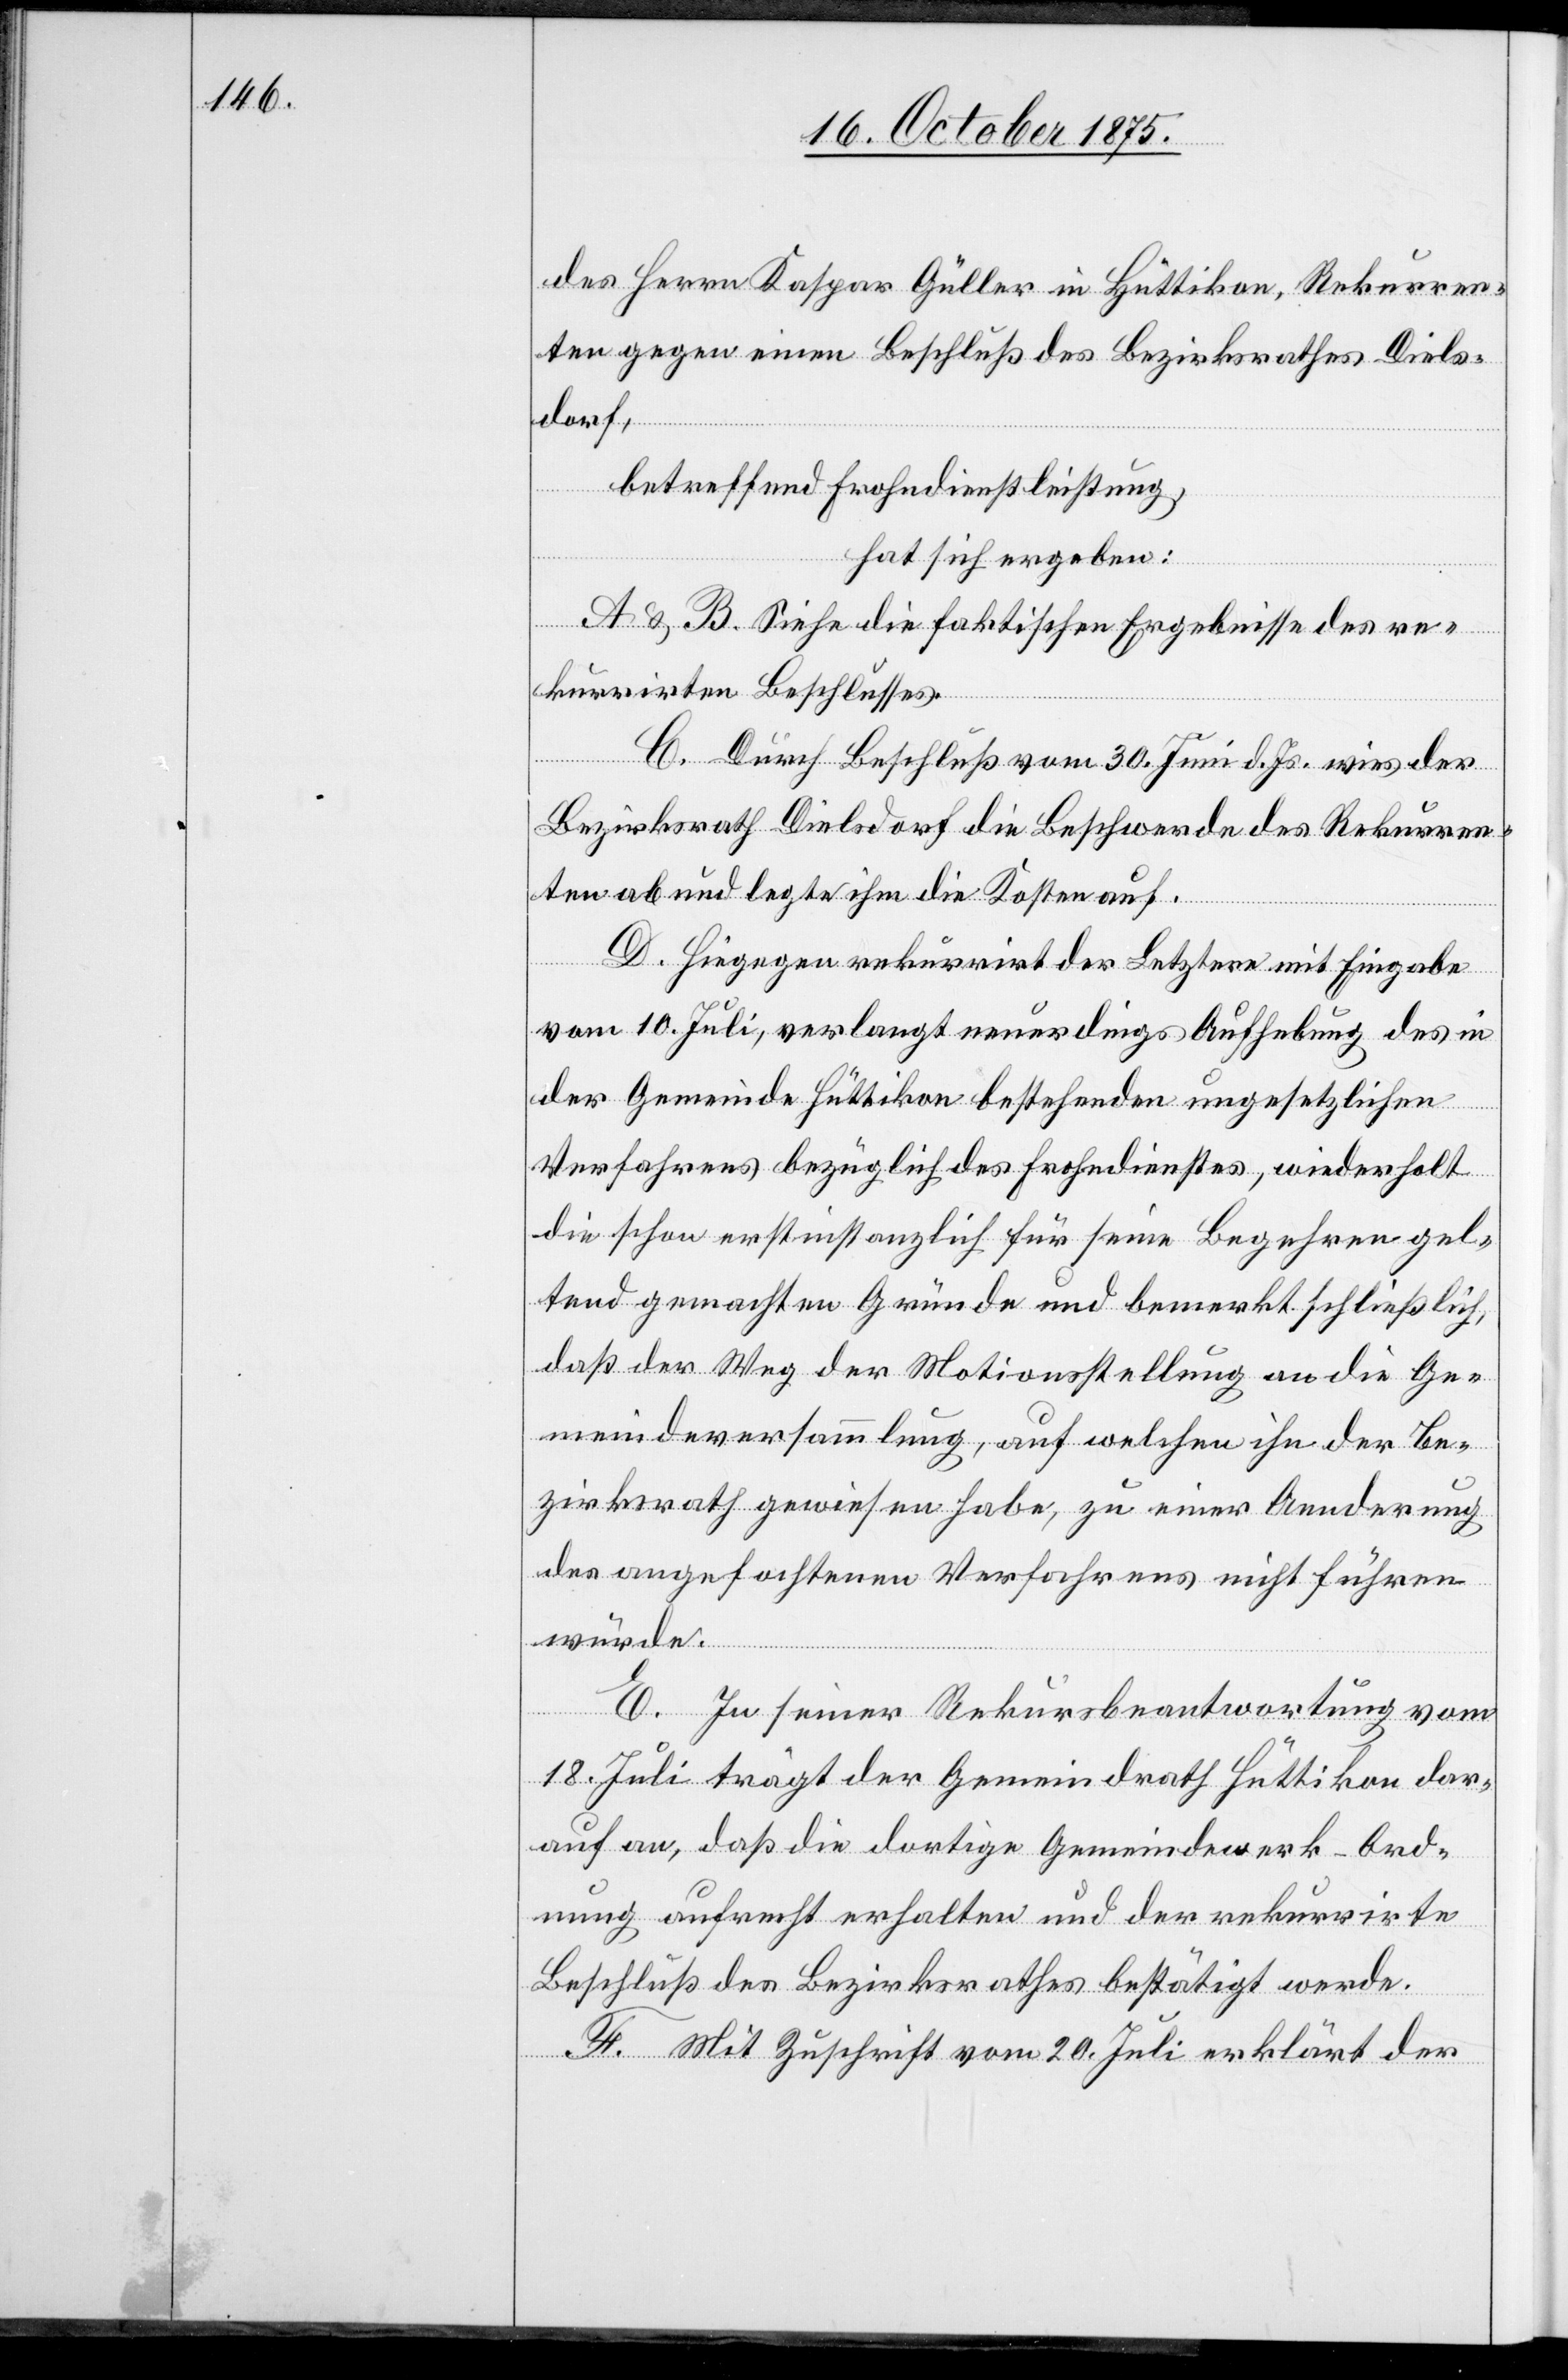
des Herrn Kaspar Güller in Hüttikon, Rekurren¬
ten gegen einen Beschluß des Bezirksrathes Diels¬
dorf,
betreffend Frohndienstleistung,
hat sich ergeben:
A & B. Siehe die faktischen Ergebnisse des re¬
kurrirten Beschlusses.
C. Durch Beschluß vom 30. Juni d. Js. wies der
Bezirksrath Dielsdorf die Beschwerde des Rekurren¬
ten ab und legte ihm die Kosten auf.
D. Hiegegen rekurrirt der Letztere mit Eingabe
vom 10. Juli, verlangt neuerdings Aufhebung des in
der Gemeinde Hüttikon bestehenden ungesetzlichen
Verfahrens bezüglich des Frohndienstes, wiederholt
die schon erstinstanzlich für seine Begehren gel¬
tend gemachten Gründe und bemerkt schließlich,
daß der Weg der Motionsstellung an die Ge¬
meindeversammlung, auf welchen ihn der Be¬
zirksrath gewiesen habe, zu einer Aenderung
des angefochtenen Verfahrens nicht führen
würde.
E. In seiner Rekursbeantwortung vom
18. Juli trägt der Gemeindrath Hüttikon dar¬
auf an, daß die dortige Gemeindewerk-Ord¬
nung aufrecht erhalten und der rekurrirte
Beschluß des Bezirksrathes bestätigt werde.
F. Mit Zuschrift vom 20. Juli erklärt der